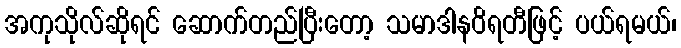
အကုသိုလ်ဆိုရင် ဆောက်တည်ပြီးတော့ သမာဒါနဝိရတီဖြင့် ပယ်ရမယ်၊